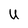
Character: U